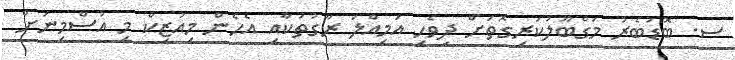
ސ. ބޮޑުބެރު މަގްބޫލުކުރިގޮތަށް ދިވެހި އަމިއްލަ ރާގުތަކާއި އެހެން މިއުޒިކް މި އުސްމިނަށް